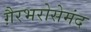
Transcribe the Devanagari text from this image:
ग़ैरभरोसेमंद